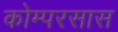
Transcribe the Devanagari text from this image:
कोम्परसास